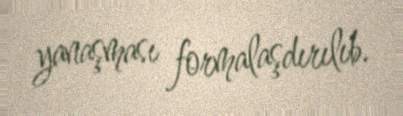
yanaşması formalaşdırılıb.